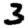
Digit: 3